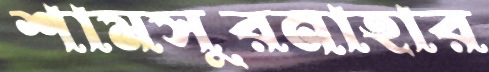
শামসুরনাহার